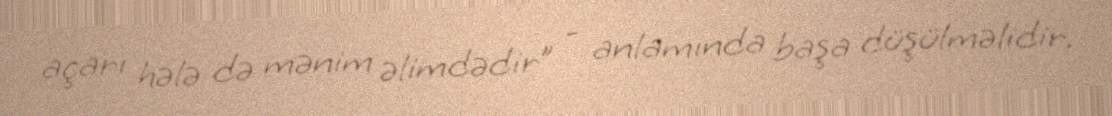
açarı hələ də mənim əlimdədir” - anlamında başa düşülməlidir.